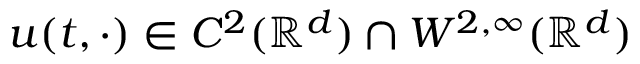
u ( t , \cdot ) \in C ^ { 2 } ( \mathbb { R } ^ { d } ) \cap W ^ { 2 , \infty } ( \mathbb { R } ^ { d } )